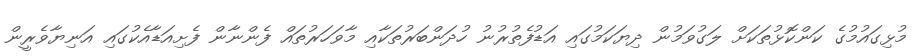
މުޅިގައުމުގެ ކަންކޮޅުތަކަށް ލަގުވަމުން ދިޔަކަމުގައި އަޑުފެތުރުނު ހުދަންބަރުތަކާއި މާވަހަރުތައް ފެންނާން ފެށިއަޑާއެކުގައި އަނިޔާވެރީން